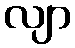
လျာ